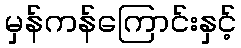
မှန်ကန်ကြောင်းနှင့်